Scientific memoirs by medical officers of the Army of India - Part VIII,
Year: 1894
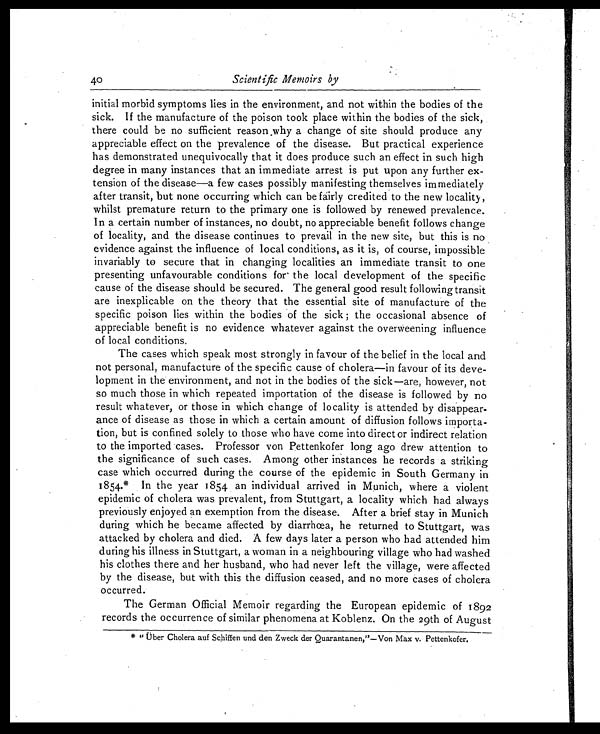
40
Scientific Memoirs by
initial morbid symptoms lies in the environment, and not within the bodies of the
sick. If the manufacture of the poison took place within the bodies of the sick,
there could be no sufficient reason why a change of site should produce any
appreciable effect on the prevalence of the disease. But practical experience
has demonstrated unequivocally that it does produce such an effect in such high
degree in many instances that an immediate arrest is put upon any further ex-
tension of the disease—a few cases possibly manifesting themselves immediately
after transit, but none occurring which can be fairly credited to the new locality,
whilst premature return to the primary one is followed by renewed prevalence.
In a certain number of instances, no doubt, no appreciable benefit follows change
of locality, and the disease continues to prevail in the new site, but this is no
evidence against the influence of local conditions, as it is, of course, impossible
invariably to secure that in changing localities an immediate transit to one
presenting unfavourable conditions for the local development of the specific
cause of the disease should be secured. The general good result following transit
are inexplicable on the theory that the essential site of manufacture of the
specific poison lies within the bodies of the sick; the occasional absence of
appreciable benefit is no evidence whatever against the overweening influence
of local conditions.
The cases which speak most strongly in favour of the belief in the local and
not personal, manufacture of the specific cause of cholera—in favour of its deve-
lopment in the environment, and not in the bodies of the sick—are, however, not
so much those in which repeated importation of the disease is followed by no
result whatever, or those in which change of locality is attended by disappear-
ance of disease as those in which a certain amount of diffusion follows importa-
tion, but is confined solely to those who have come into direct or indirect relation
to the imported cases. Professor von Pettenkofer long ago drew attention to
the significance of such cases. Among other instances he records a striking
case which occurred during the course of the epidemic in South Germany in
18 54.* In the year 18 54 an individual arrived in Munich, where a violent
epidemic of cholera was prevalent, from Stuttgart, a locality which had always
previously enjoyed an exemption from the disease. After a brief stay in Munich
during which he became affected by diarrhœa, he returned to Stuttgart, was
attacked by cholera and died. A few days later a person who had attended him
during his illness in Stuttgart, a woman in a neighbouring village who had washed
his clothes there and her husband, who had never left the village, were affected
by the disease, but with this the diffusion ceased, and no more cases of cholera
occurred.
The German Official Memoir regarding the European epidemic of 1892
records the occurrence of similar phenomena at Koblenz. On the 29th of August
* " Über Cholera auf Schiffen and den Zweck der Quarantanen,"—Von Max v. Pettenkofer.